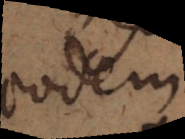
eodem